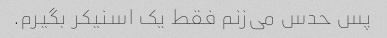
پس حدس می‌زنم فقط یک اسنیکر بگیرم.